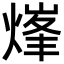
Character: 㷨